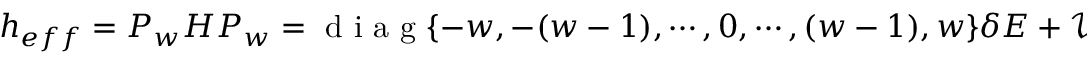
\begin{array} { r } { h _ { e f f } = P _ { w } H P _ { w } = \mathrm { ~ d ~ i ~ a ~ g ~ } \{ - w , - ( w - 1 ) , \cdots , 0 , \cdots , ( w - 1 ) , w \} \delta E + \mathcal V } \end{array}